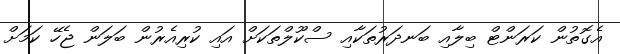
އެގޮތުން ކަރަންޓް ބިލާއި ބަނދަރުތަކާއި ސްކޫލްތަކަށް އައި ކުރިއެރުން ބަލަން ޖެހޭ ކަމަށް